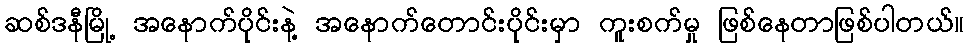
ဆစ်ဒနီမြို့ အနောက်ပိုင်းနဲ့ အနောက်တောင်းပိုင်းမှာ ကူးစက်မှု ဖြစ်နေတာဖြစ်ပါတယ်။